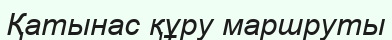
Қатынас құру маршруты